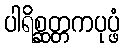
ပါရိစ္ဆတ္တကပုပ္ဖံ